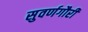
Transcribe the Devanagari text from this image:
सुवर्णगौरी